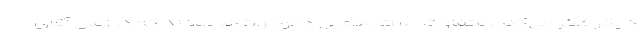
دیگر فکر می‌کند، متفاوت است. همین دموکرات‌ها بودند که در زمان آقای